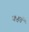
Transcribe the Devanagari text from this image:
कहतॅ